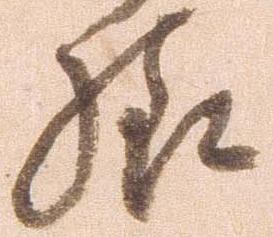
様